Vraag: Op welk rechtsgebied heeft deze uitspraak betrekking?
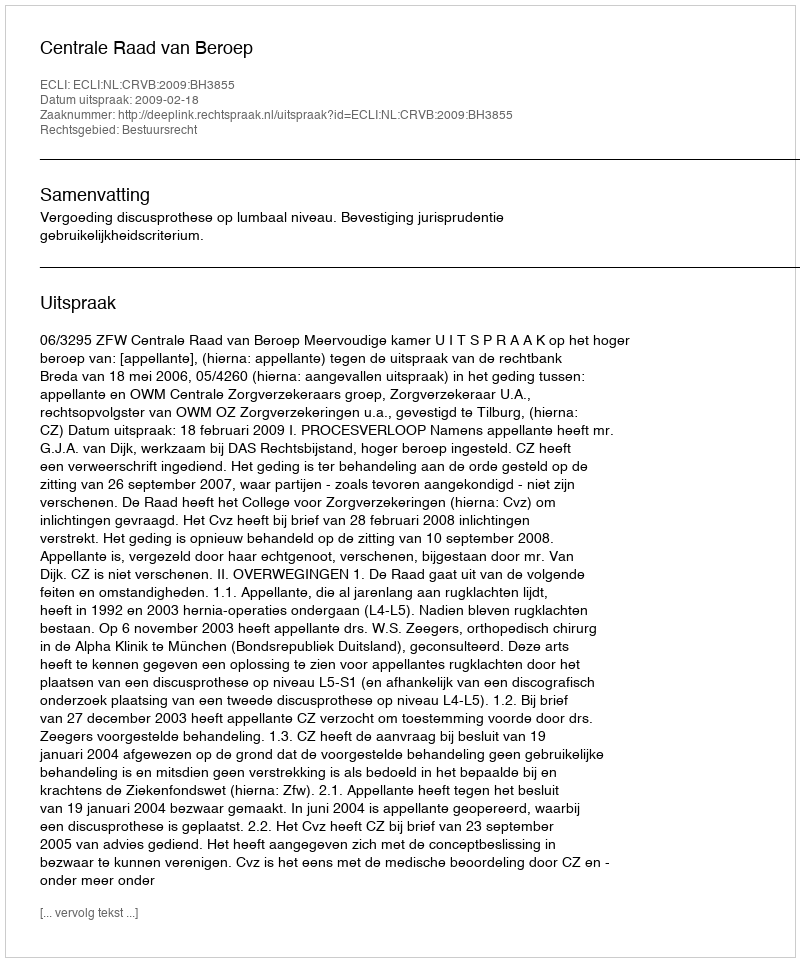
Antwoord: Bestuursrecht